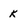
Character: k